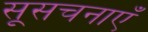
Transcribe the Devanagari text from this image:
सूसचनाएँ